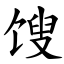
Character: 馊